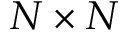
N \times N